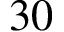
3 0